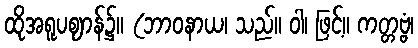
ထိုအရူပဈာန်၌။ (ဘာဝနာယ၊ သည်။ ဝါ၊ ဖြင့်။ ကတ္တဗ္ဗံ၊